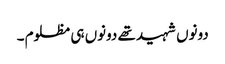
دونوں شہید تھے دونوں ہی مظلوم ۔